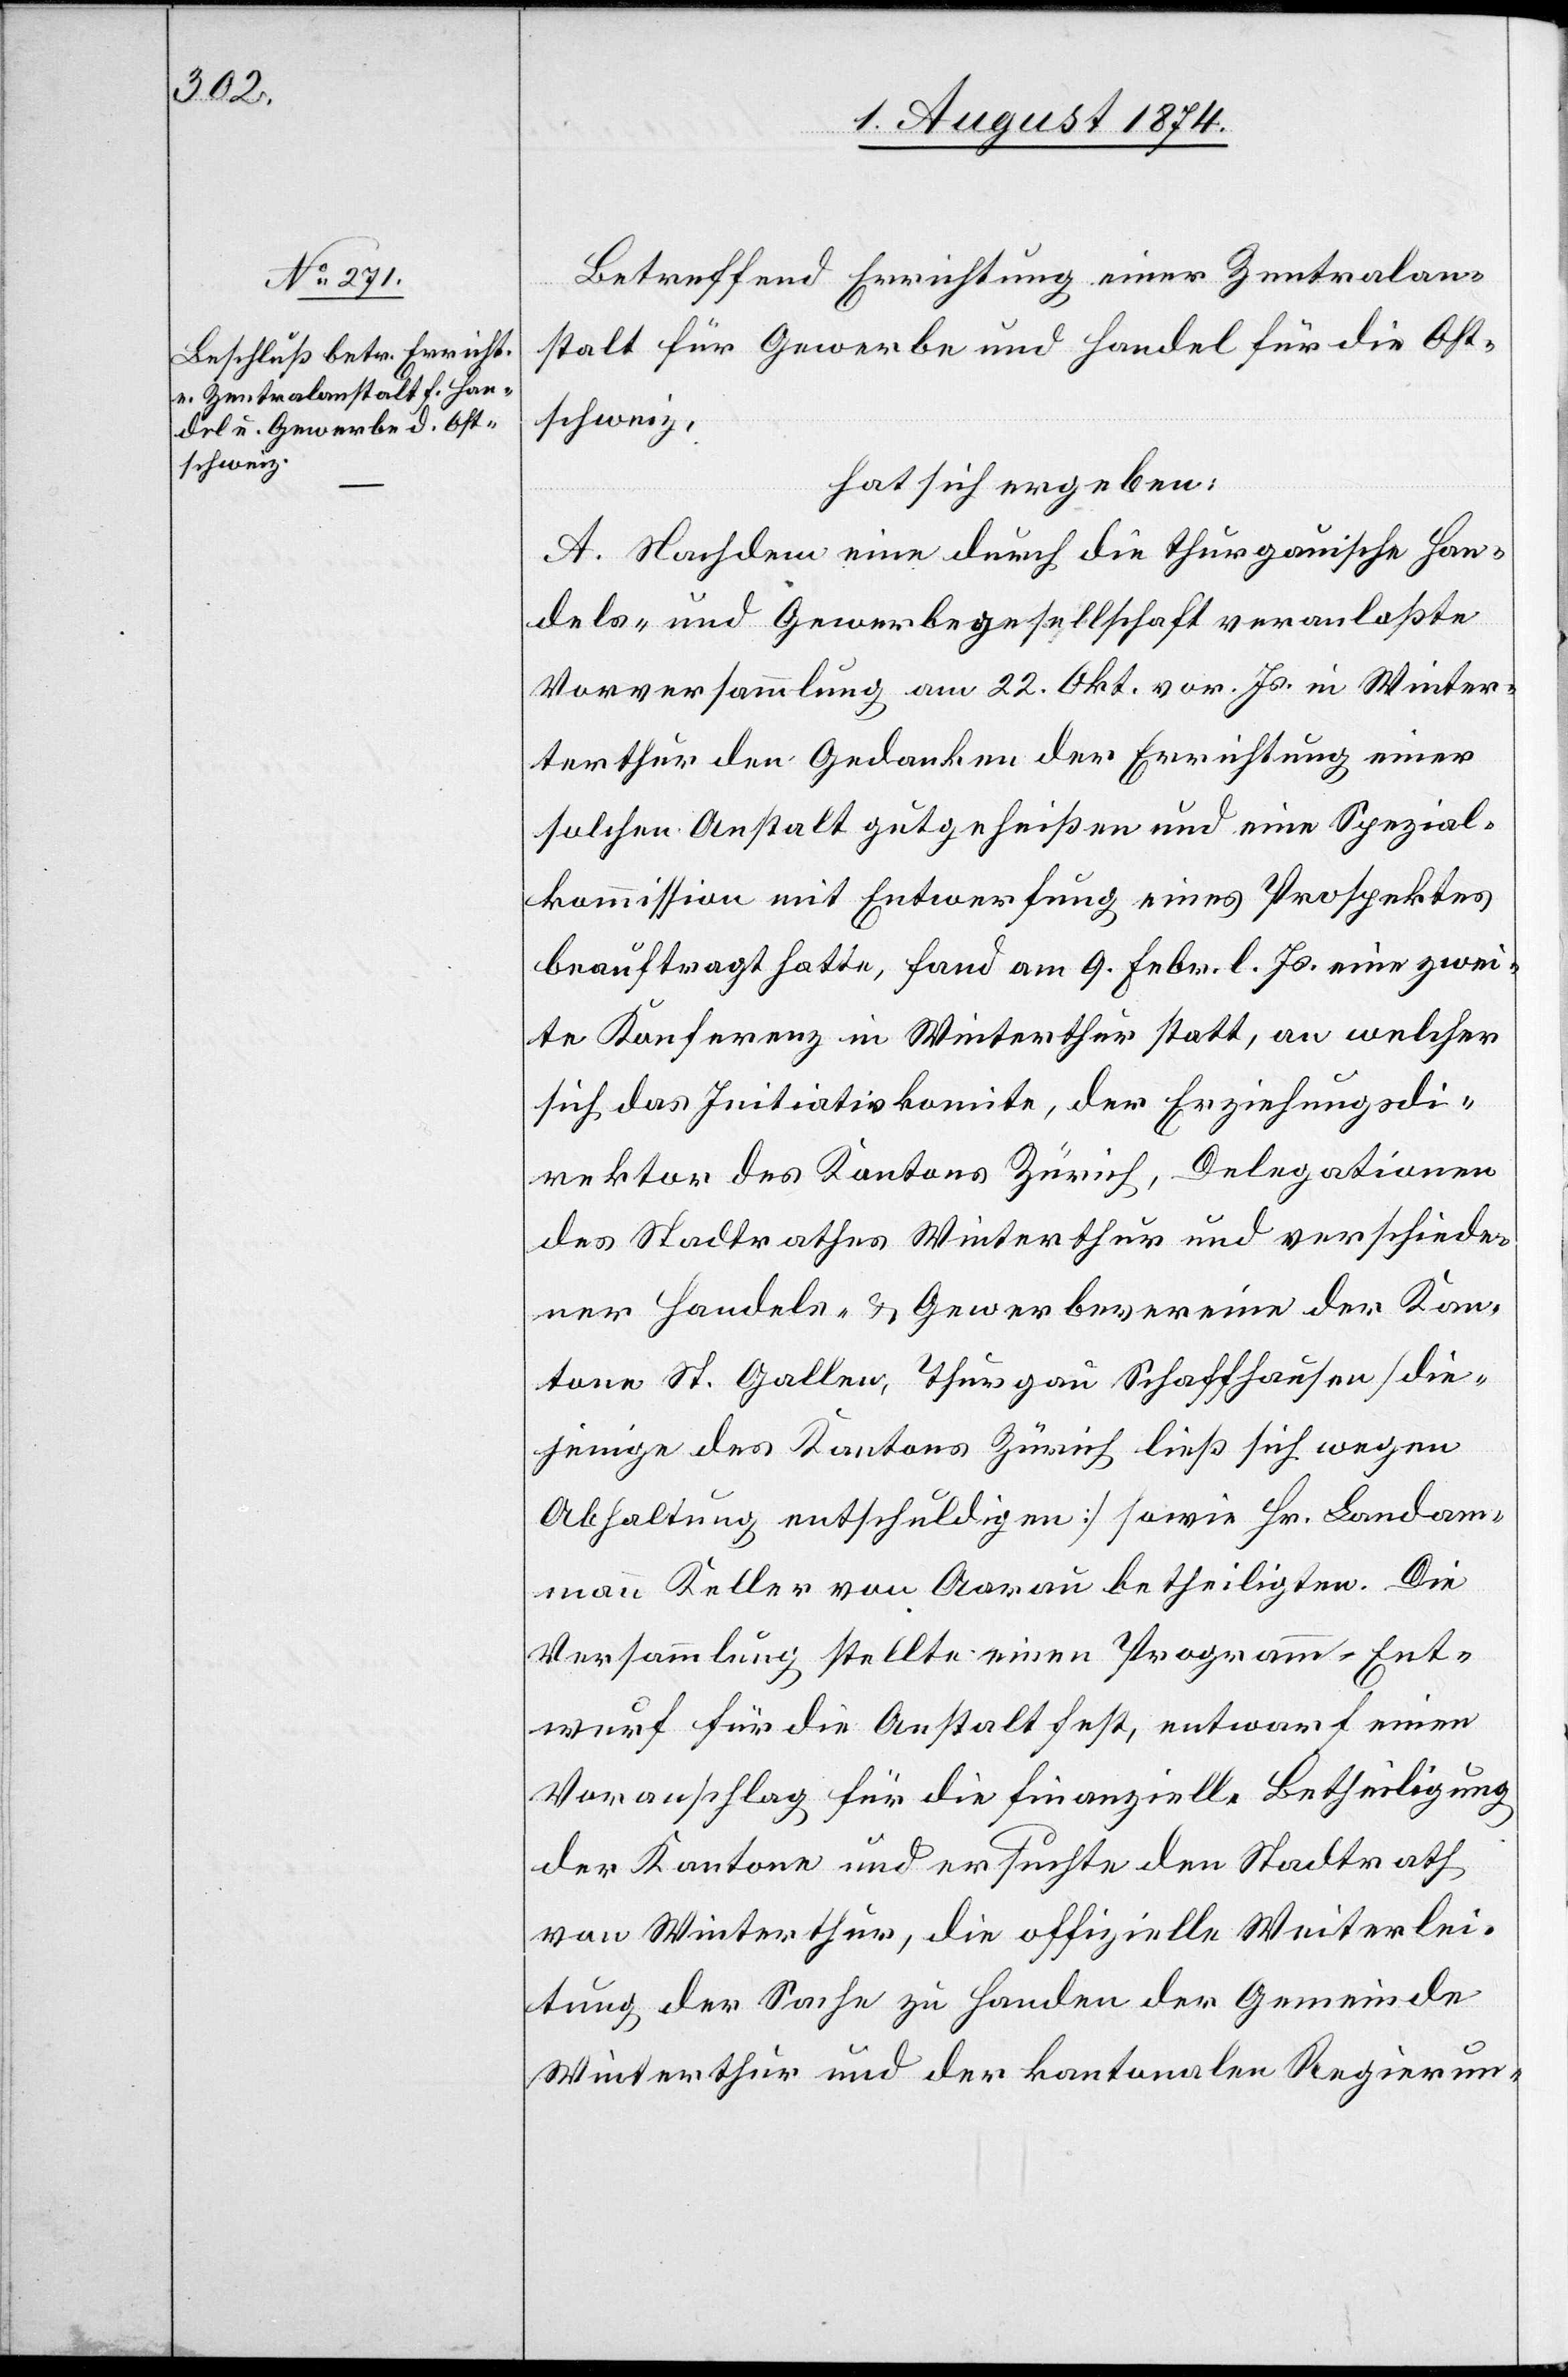
Betreffend Errichtung einer Zentralan¬
stalt für Gewerbe und Handel für die Ost¬
schweiz,
hat sich ergeben:
A. Nachdem eine durch die thurgauische Han¬
dels- und Gewerbegesellschaft veranlaßte
Vorversammlung am 22. Okt. vor. Js. in Wint¬
erthur den Gedanken der Errichtung einer
solchen Anstalt gutgeheißen und eine Spezial¬
kommission mit Entwerfung eines Prospektes
beauftragt hatte, fand am 9. Febr. l. Js. eine zwei¬
te Konferenz in Winterthur statt, an welcher
sich das Initiativkomite, der Erziehungsdi¬
rektor des Kantons Zürich, Delegationen
des Stadtrathes Winterthur und verschiede¬
ner Handels- u. Gewerbevereine der Kan¬
tone St. Gallen, Thurgau [,] Schaffhausen [die¬
jenige des Kantons Zürich ließ sich wegen
Abhaltung entschuldigen] sowie Hr. Landam¬
man Keller von Aarau betheiligten. Die
Versammlung stellte einen Programm-Ent¬
wurf für die Anstalt fest, entwarf einen
Voranschlag für die finanzielle Betheiligung
der Kantone und ersuchte den Stadtrath
von Winterthur, die offizielle Weiterlei¬
tung der Sache zu Handen der Gemeinde
Winterthur und der kantonalen Regierun-